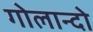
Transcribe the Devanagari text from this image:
गोलान्दो